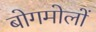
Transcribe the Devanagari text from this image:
बोगमोलों